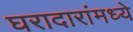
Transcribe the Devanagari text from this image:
घरादारांमध्ये